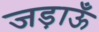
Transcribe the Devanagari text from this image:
जड़ाऊँ